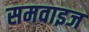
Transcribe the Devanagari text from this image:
समवाइज